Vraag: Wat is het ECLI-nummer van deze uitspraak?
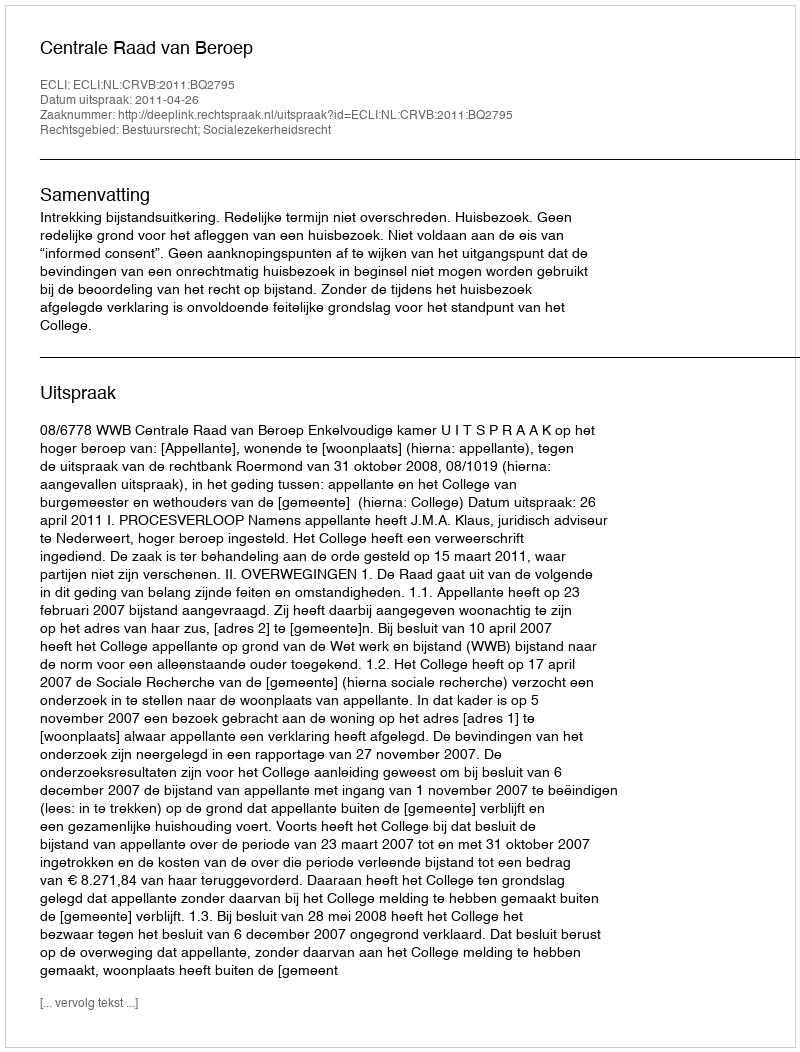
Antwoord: ECLI:NL:CRVB:2011:BQ2795